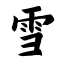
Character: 雪